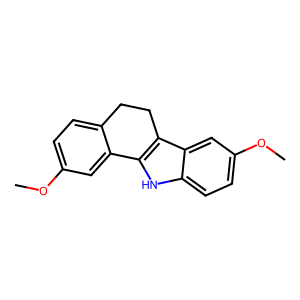
SMILES: COc1ccc2c(c1)-c1[nH]c3ccc(OC)cc3c1CC2
Inhibits HIV replication: No